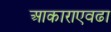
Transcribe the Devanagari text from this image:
आकाराएवढा